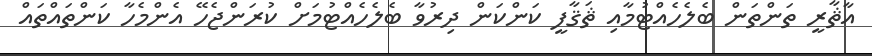
އާޘާރީ ތަންތަން ބެލެހެއްޓުމާއި ޘަޤާފީ ކަންކަން ދިރުވާ ބެލެހެއްޓުމަށް ކުރަންޖެހޭ އެންމެހާ ކަންތައްތައް